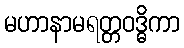
မဟာနာမရတ္တဝဒ္ဓိကာ